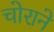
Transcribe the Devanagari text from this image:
चोराने